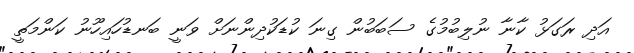
އަދި ރަގަޅު ކާނާ ނުލިބުމުގެ ސަބަބުން ގިނަ ކުޑަކުދިންނަށް ވަނީ ބަނޑުހައިހޫނު ކަންމަތީ